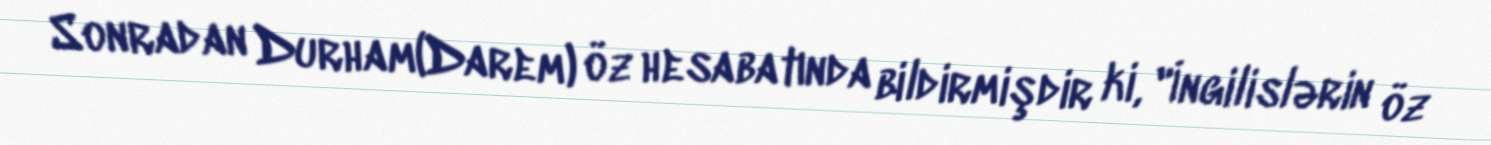
Sonradan Durham(Darem) öz hesabatında bildirmişdir ki, "İngilislərin öz